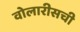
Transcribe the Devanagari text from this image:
वोलारीसची